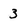
Character: 3